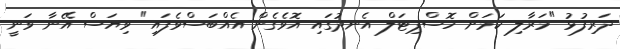
ދަރިފުޅު "މަރާލި ކަމަށް ހޮސްޕިޓަލް އެނދުގައި އޮވެގެން އެއްބަސްވެފައި" ވިޔަސް އޭނާ ވަނީ